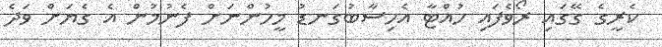
ކެރީގެ ގޭގައި ރޯވެފައި ހުއްޓާ އެހިސާބުގަނޑު މީހުންނަށް ފެނުމުން އެ ގެޔަށް ވަދެ